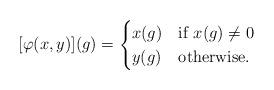
LaTeX: \begin{align*} [\varphi(x,y)](g) = \begin{cases} x(g)& \mbox{if }x(g) \neq 0\\ y(g)& \mbox{otherwise}. \end{cases}\end{align*}